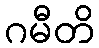
ဂမီတိ